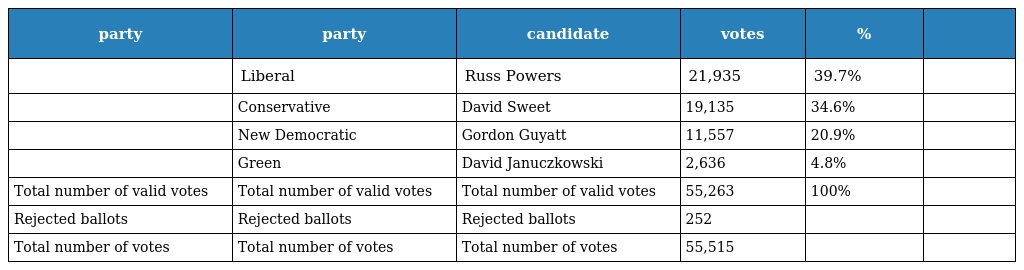
| party | party | candidate | votes | % |  |
 | --- | --- | --- | --- | --- | --- |
 |  | Liberal | Russ Powers | 21,935 | 39.7% |  |
 |  | Conservative | David Sweet | 19,135 | 34.6% |  |
 |  | New Democratic | Gordon Guyatt | 11,557 | 20.9% |  |
 |  | Green | David Januczkowski | 2,636 | 4.8% |  |
 | Total number of valid votes | Total number of valid votes | Total number of valid votes | 55,263 | 100% |  |
 | Rejected ballots | Rejected ballots | Rejected ballots | 252 |  |  |
 | Total number of votes | Total number of votes | Total number of votes | 55,515 |  |  |